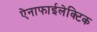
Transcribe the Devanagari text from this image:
ऐनाफाईलेक्टिक